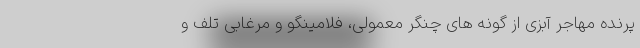
پرنده مهاجر آبزی از گونه های چنگر معمولی، فلامینگو و مرغابی تلف و